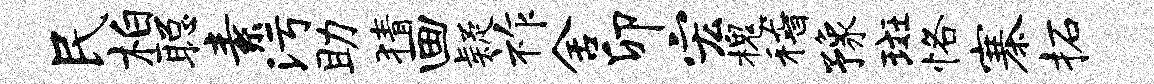
民柏聪素污助猜画疑祚舍卯宏槐稽豫斑恪寨柘